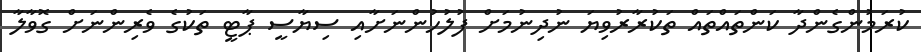
ކުރަމުންގެންދާ ކަންތައްތައް ތަކުރާރުވިޔަ ނުދިނުމަށް ފުލުހުންނަށާއި ސިޔާސީ ޕާޓީ ތަކުގެ ވެރިންނަށް ގޮވާލާ